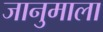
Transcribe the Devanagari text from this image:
जानुमाला